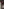
-